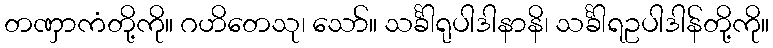
တဏှာကံတို့ကို။ ဂဟိတေသု၊ သော်။ သင်္ခါရုပါဒါနာနိ၊ သင်္ခါရဥပါဒါန်တို့ကို။